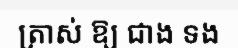
ត្រាស់ ឱ្យ ជាង ទង